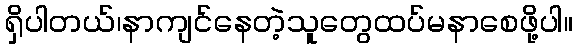
ရှိပါတယ်၊နာကျင်နေတဲ့သူတွေထပ်မနာစေဖို့ပါ။